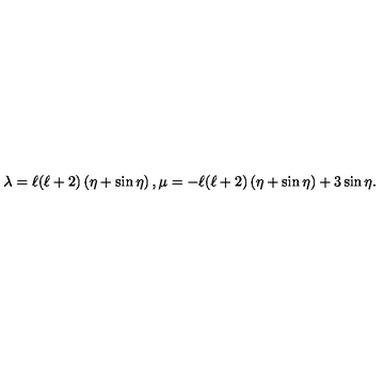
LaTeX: \lambda = \ell ( \ell + 2 ) \left( \eta + \sin \eta \right) , \mu = - \ell ( \ell + 2 ) \left( \eta + \sin \eta \right) + 3 \sin \eta .